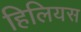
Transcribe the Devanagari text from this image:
हिलियस